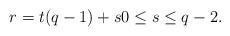
LaTeX: \begin{align*}r=t(q-1)+s 0\leq s\leq q-2.\end{align*}